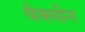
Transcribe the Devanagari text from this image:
वैक्‍सीन